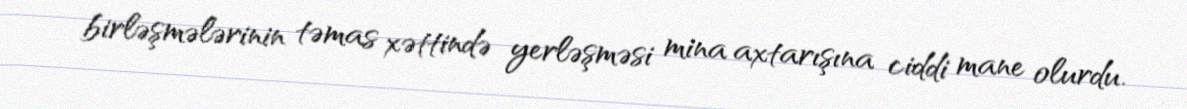
birləşmələrinin təmas xəttində yerləşməsi mina axtarışına ciddi mane olurdu.